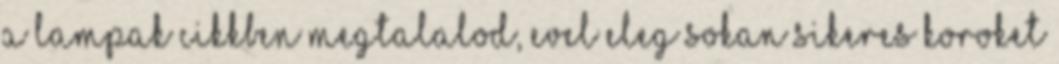
a lampak cikkben megtalalod, evel eleg sokan sikeres koroket